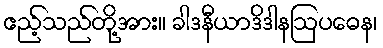
ဧည့်သည်တို့အား။ ခါဒနီယာဒိဒါနဩပဓေန၊